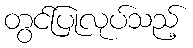
တွင်ပြုလုပ်သည့်